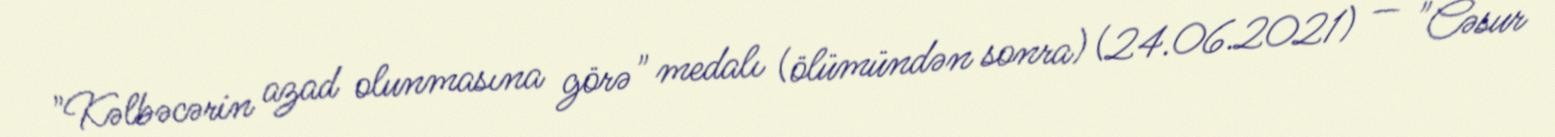
"Kəlbəcərin azad olunmasına görə" medalı (ölümündən sonra) (24.06.2021) — "Cəsur